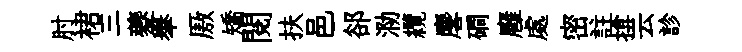
肘裙三夔𦦙厫矯閲扶邑郤泐纜麐磵廱處密註揜云診